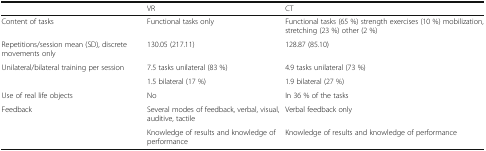
<table><thead><tr><td></td><td><b>VR</b></td><td><b>CT</b></td></tr></thead><tbody><tr><td>Content of tasks</td><td>Functional tasks only</td><td>Functional tasks (65 %) strength exercises (10 %) mobilization, stretching (23 %) other (2 %)</td></tr><tr><td>Repetitions/session mean (SD), discrete movements only</td><td>130.05 (217.11)</td><td>128.87 (85.10)</td></tr><tr><td rowspan="2">Unilateral/bilateral training per session</td><td>7.5 tasks unilateral (83 %)</td><td>4.9 tasks unilateral (73 %)</td></tr><tr><td>1.5 bilateral (17 %)</td><td>1.9 bilateral (27 %)</td></tr><tr><td>Use of real life objects</td><td>No</td><td>In 36 % of the tasks</td></tr><tr><td rowspan="2">Feedback</td><td>Several modes of feedback, verbal, visual, auditive, tactile</td><td>Verbal feedback only</td></tr><tr><td>Knowledge of results and knowledge of performance</td><td>Knowledge of results and knowledge of performance</td></tr></tbody></table>